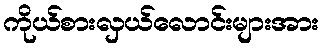
ကိုယ်စားလှယ်လောင်းများအား